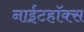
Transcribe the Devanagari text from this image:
नाईटहॉक्स